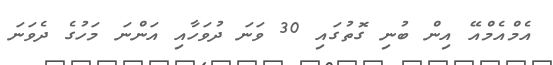
އެމްއެމްއޭ އިން ބުނި ގޮތުގައި 30 ވަނަ ދުވަހާއި އަންނަ މަހުގެ ދެވަނަ